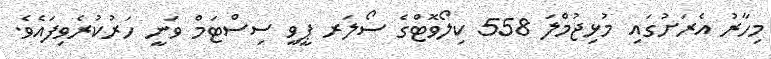
މިހާރު އެރަށުގައި މުޅިޖުމްލަ 558 ކިލޯވޮޓްގެ ސޯލަރ ޕީވީ ސިސްޓަމް ވަނީ ހަރުކުރެވިފައެވެ.